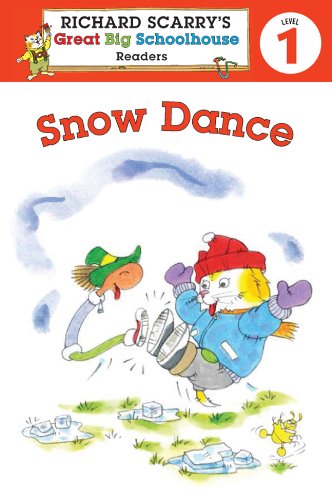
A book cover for Richard Scarry's Readers (Level 1): Snow Dance (Richard Scarry's Great Big Schoolhouse); Erica Farber; Children's Books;